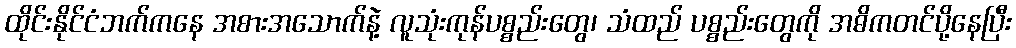
ထိုင်းနိုင်ငံဘက်ကနေ အစားအသောက်နဲ့ လူသုံးကုန်ပစ္စည်းတွေ၊ သံထည် ပစ္စည်းတွေကို အဓိကတင်ပို့နေပြီး